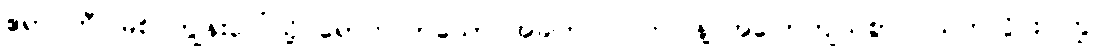
ဧရာဝတီ မြစ်ဝကျွန်းပေါ်သို့ ရောက်လာသော အခါတပြင် တပြန့် အပြောကျယ်စွာ ဂယက်လှိုင်း ကြွ